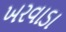
ખરવાડા